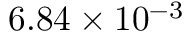
6 . 8 4 \times 1 0 ^ { - 3 }